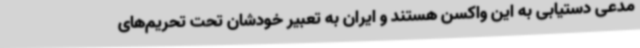
مدعی دستیابی به این واکسن هستند و ایران به تعبیر خودشان تحت تحریم‌های